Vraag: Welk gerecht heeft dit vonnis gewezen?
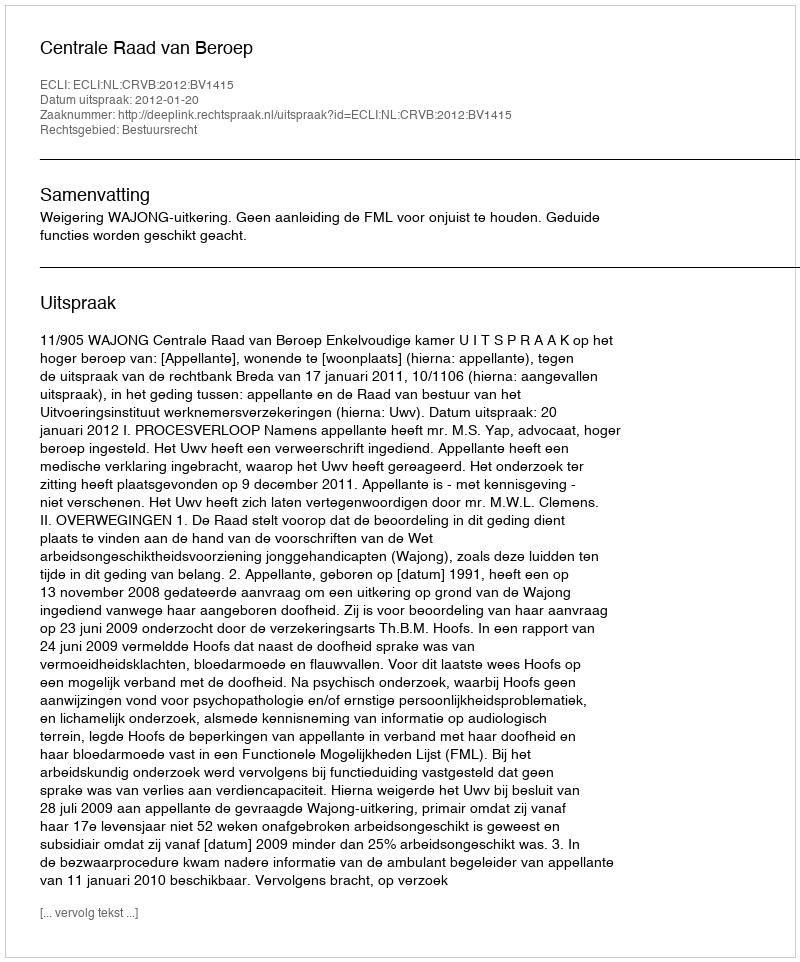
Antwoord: Centrale Raad van Beroep